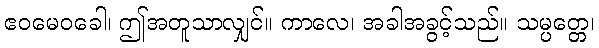
ဧဝမေဝခေါ၊ ဤအတူသာလျှင်။ ကာလေ၊ အခါအခွင့်သည်။ သမ္ပတ္တေ၊